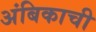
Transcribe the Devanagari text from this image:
अंबिकाची